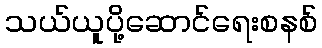
သယ်ယူပို့ဆောင်ရေးစနစ်